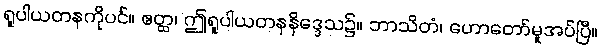
ရူပါယတနကိုပင်။ ဧတ္ထ၊ ဤရူပါယတနနိဒ္ဒေသ၌။ ဘာသိတံ၊ ဟောတော်မူအပ်ပြီ။